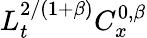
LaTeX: L_{t}^{2/(1+\beta)}C_{x}^{0,\beta}